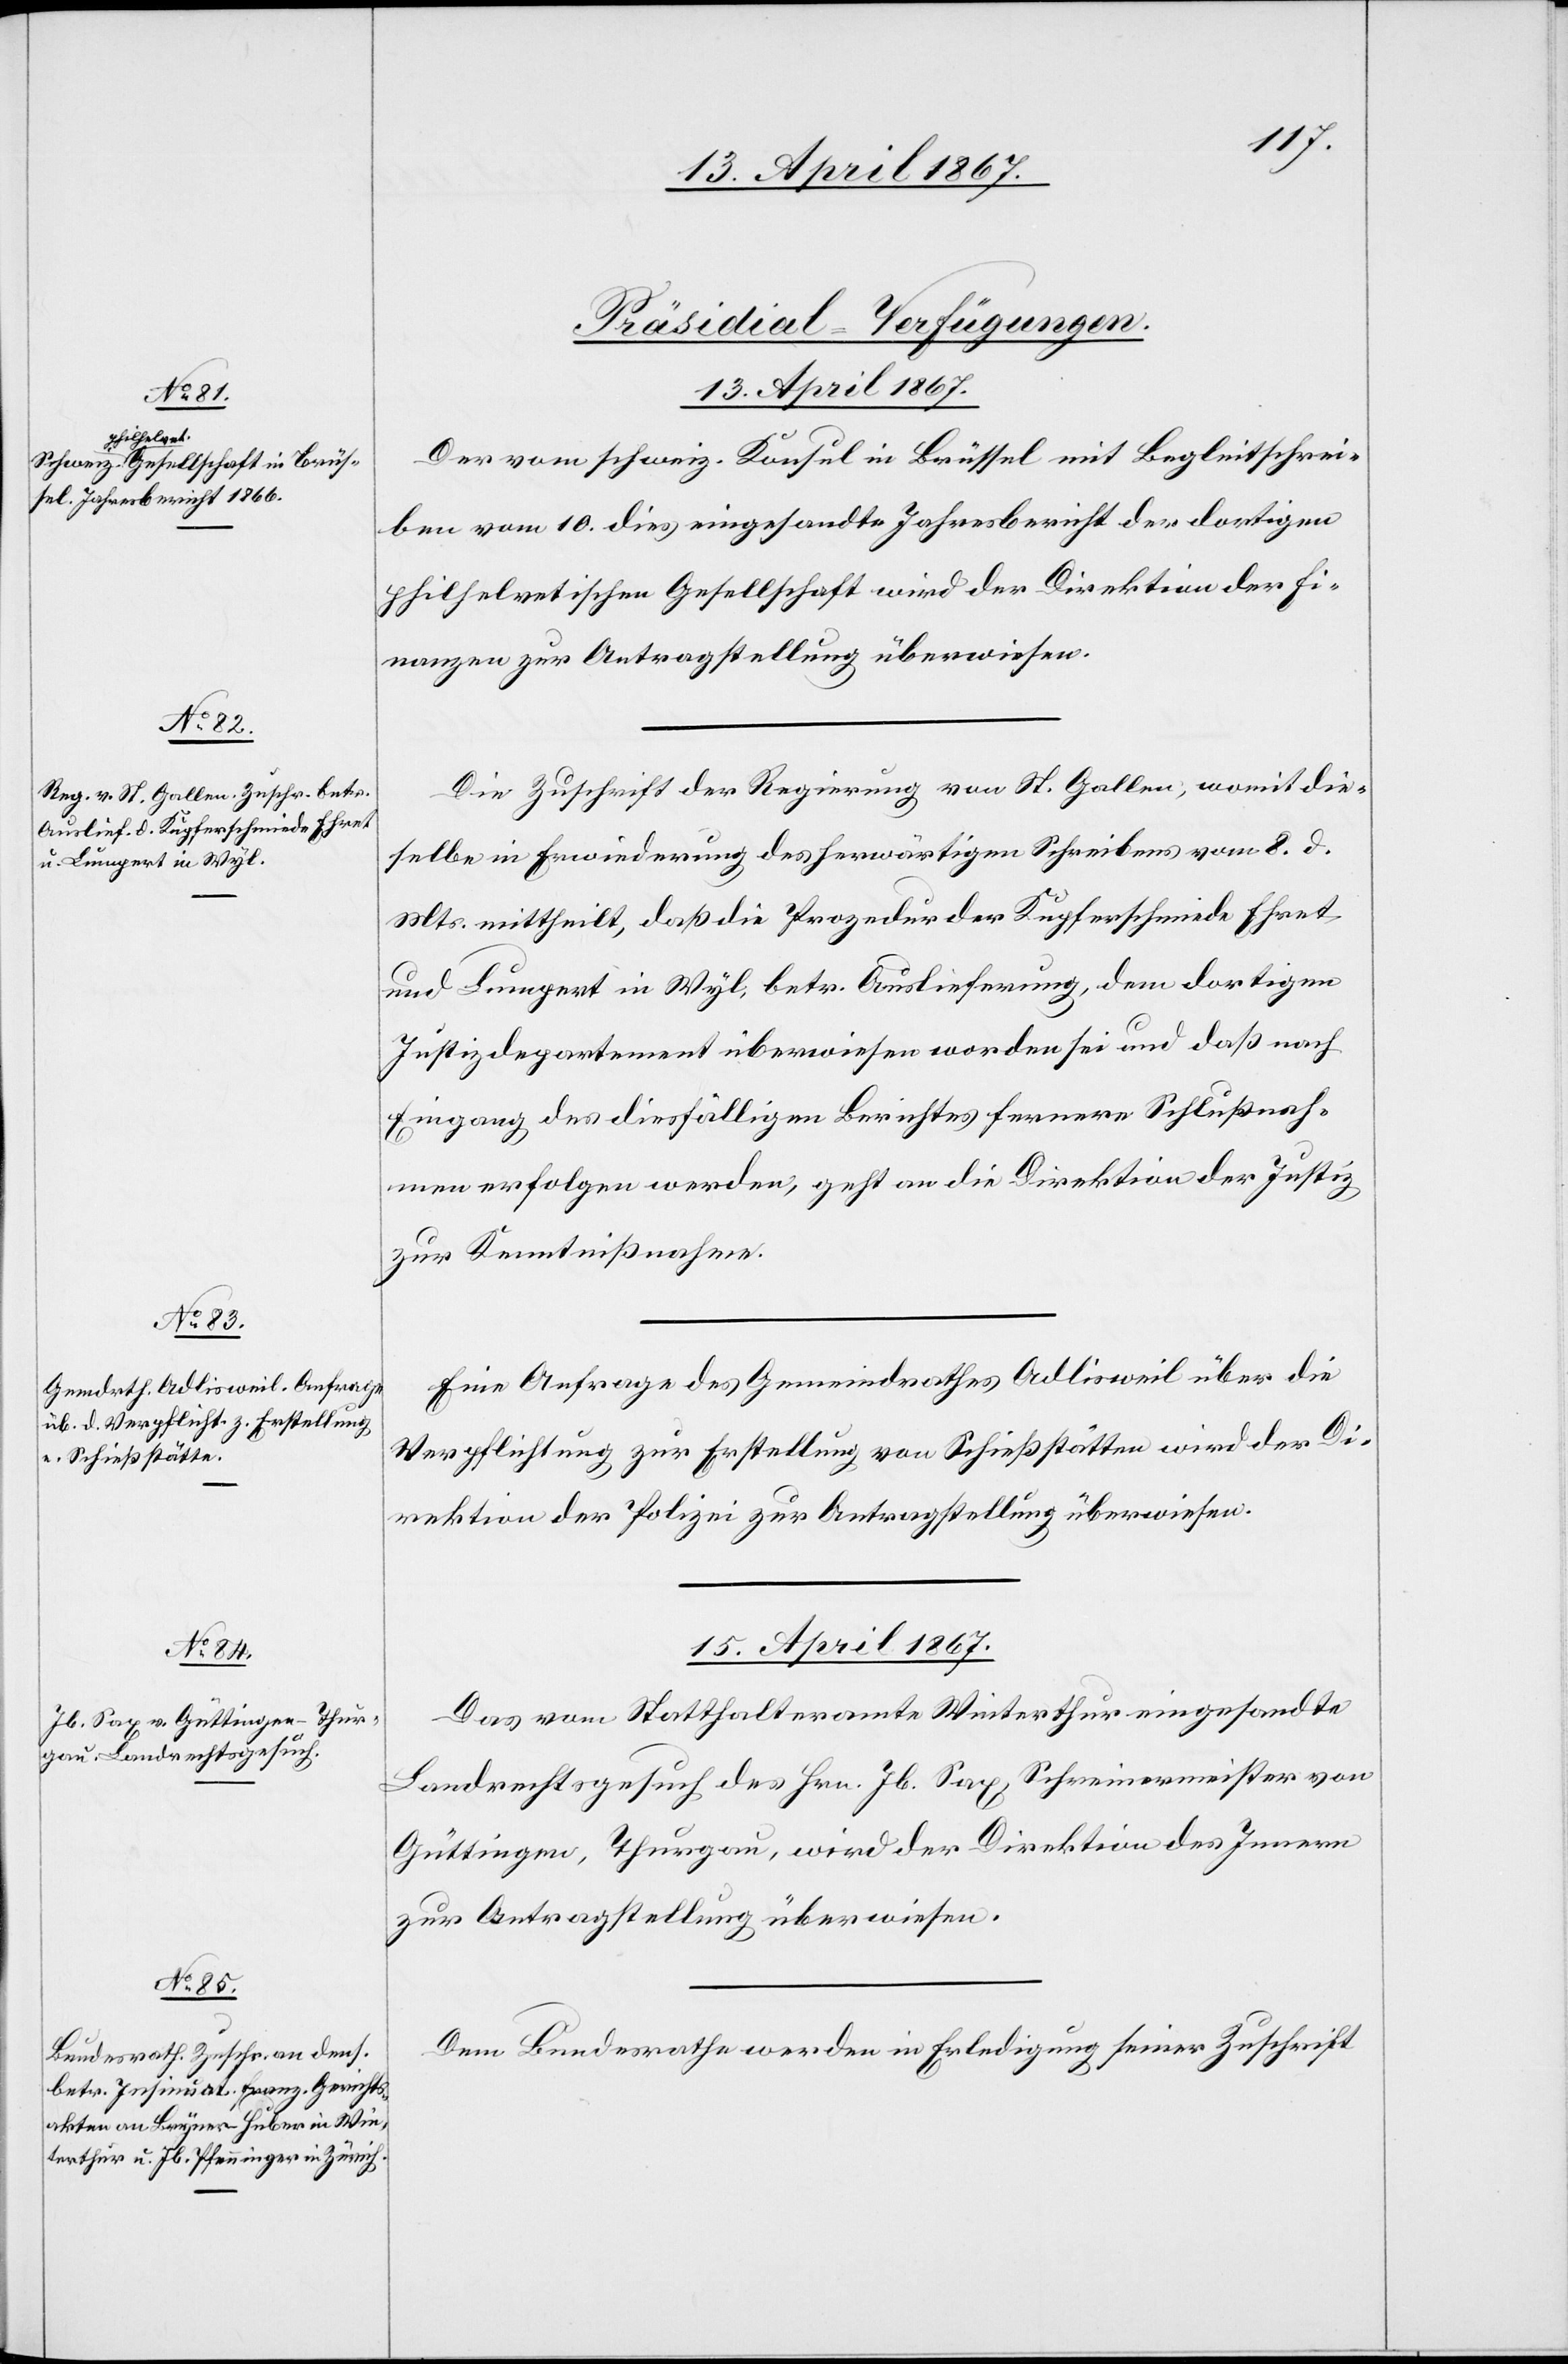
15. April 1867.]
[Präsidial-Verfügungen.
13. April 1867.
Der vom schweiz. Konsul in Brüssel mit Begleitschrei¬
ben vom 10. dies eingesandte Jahresbericht der dortigen
philhelvetischen Gesellschaft wird der Direktion der Fi¬
nanzen zur Antragstellung überwiesen.
Die Zuschrift der Regierung von St. Gallen, womit die¬
selbe in Erwiederung des herwärtigen Schreibens vom 8. d.
Mts. mittheilt, daß die Prozedur der Kupferschmiede Ehret
und Lumpert in Wyl, betr. Auslieferung, dem dortigen
Justizdepartement überwiesen worden sei und daß nach
Eingang des diesfälligen Berichtes fernere Schlußnah¬
men erfolgen werden, geht an die Direktion der Justiz
zur Kenntnißnahme.
Eine Anfrage des Gemeindrathes Adlisweil über die
Verpflichtung zur Erstellung von Schießstätten wird der Di¬
rektion der Polizei zur Antragstellung überwiesen.
15. April 1867.
Das vom Statthalteramte Winterthur eingesandte
Landrechtsgesuch des Hrn. Jb. Sax, Schreinermeister von
Güttingen, Thurgau, wird der Direktion des Innern
zur Antragstellung überwiesen.
Dem Bundesrathe werden in Erledigung seiner Zuschrift